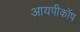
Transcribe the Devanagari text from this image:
आयपीकॉप